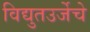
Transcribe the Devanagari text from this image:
विद्युतउर्जेचे